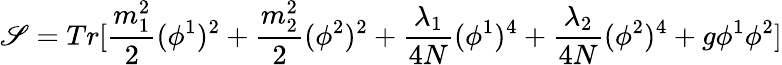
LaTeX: \mathscr{S}=Tr[\frac{{m_{1}^{2}}}{{2}}(\phi^{1})^{2}+\frac{{m_{2}^{2}}}{{2}}(\phi^{2})^{2}+\frac{{\lambda_{1}}}{{4N}}(\phi^{1})^{4}+\frac{{\lambda_{2}}}{{4N}}(\phi^{2})^{4}+g\phi^{1}\phi^{2}]